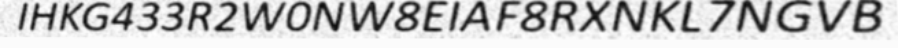
IHKG433R2W0NW8EIAF8RXNKL7NGVB